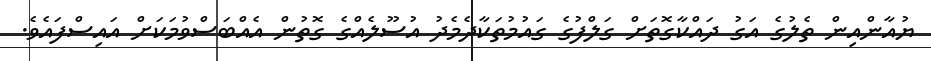
ޔުއާންއިން ތެލުގެ އަގު ދައްކާގޮތަށް ގަލްފުގެ ގައުމުތަކާދެމެދު އުސޫލެއްގެ ގޮތުން އެއްބަސްވުމަކަށް އައިސްފައެވެ.